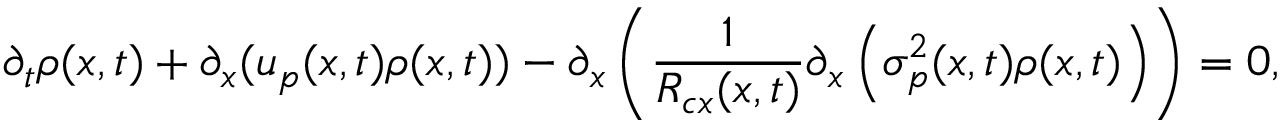
\partial _ { t } \rho ( x , t ) + \partial _ { x } ( u _ { p } ( x , t ) \rho ( x , t ) ) - \partial _ { x } \left( \frac { 1 } { R _ { c x } ( x , t ) } \partial _ { x } \left( \sigma _ { p } ^ { 2 } ( x , t ) \rho ( x , t ) \right) \right) = 0 ,